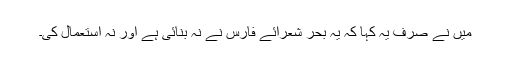
میں نے صرف یہ کہا کہ یہ بحر شعرائے فارس نے نہ بنائی ہے اور نہ استعمال کی۔